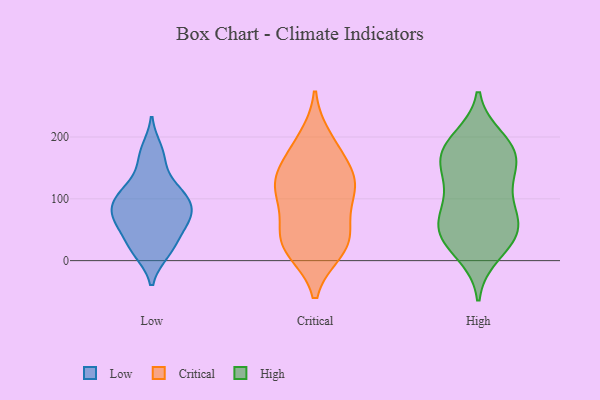
{"axis": {"x": "Satisfaction Score", "y": "Value"}, "legend": ["Critical", "High", "Low"], "data": [{"x": "", "y": 97, "type": "Low"}, {"x": "", "y": 94, "type": "Low"}, {"x": "", "y": 71, "type": "Low"}, {"x": "", "y": 128, "type": "Low"}, {"x": "", "y": 77, "type": "Low"}, {"x": "", "y": 106, "type": "Low"}, {"x": "", "y": 47, "type": "Low"}, {"x": "", "y": 13, "type": "Low"}, {"x": "", "y": 109, "type": "Low"}, {"x": "", "y": 63, "type": "Low"}, {"x": "", "y": 71, "type": "Low"}, {"x": "", "y": 13, "type": "Low"}, {"x": "", "y": 180, "type": "Low"}, {"x": "", "y": 164, "type": "Low"}, {"x": "", "y": 32, "type": "Low"}, {"x": "", "y": 15, "type": "Critical"}, {"x": "", "y": 15, "type": "Critical"}, {"x": "", "y": 40, "type": "Critical"}, {"x": "", "y": 185, "type": "Critical"}, {"x": "", "y": 198, "type": "Critical"}, {"x": "", "y": 110, "type": "Critical"}, {"x": "", "y": 101, "type": "Critical"}, {"x": "", "y": 111, "type": "Critical"}, {"x": "", "y": 46, "type": "Critical"}, {"x": "", "y": 151, "type": "Critical"}, {"x": "", "y": 22, "type": "Critical"}, {"x": "", "y": 125, "type": "Critical"}, {"x": "", "y": 128, "type": "Critical"}, {"x": "", "y": 54, "type": "Critical"}, {"x": "", "y": 149, "type": "Critical"}, {"x": "", "y": 58, "type": "High"}, {"x": "", "y": 41, "type": "High"}, {"x": "", "y": 133, "type": "High"}, {"x": "", "y": 182, "type": "High"}, {"x": "", "y": 47, "type": "High"}, {"x": "", "y": 176, "type": "High"}, {"x": "", "y": 89, "type": "High"}, {"x": "", "y": 161, "type": "High"}, {"x": "", "y": 179, "type": "High"}, {"x": "", "y": 12, "type": "High"}, {"x": "", "y": 196, "type": "High"}, {"x": "", "y": 50, "type": "High"}, {"x": "", "y": 157, "type": "High"}, {"x": "", "y": 115, "type": "High"}, {"x": "", "y": 78, "type": "High"}, {"x": "", "y": 32, "type": "High"}]}